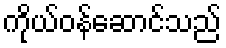
ကိုယ်ဝန်ဆောင်သည်